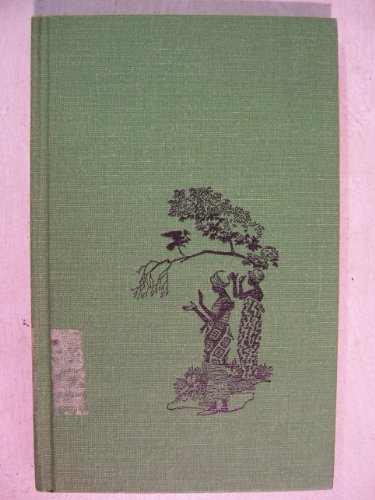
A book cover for Thirty-one banana leaves; Winifred Kellersberger Vass; Travel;